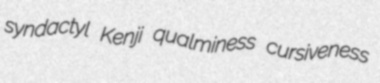
syndactyl Kenji qualminess cursiveness